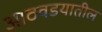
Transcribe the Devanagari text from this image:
आठवडयातील